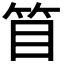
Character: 𥬥